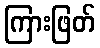
ကြားဖြတ်